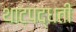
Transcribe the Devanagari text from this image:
थाटपद्धती